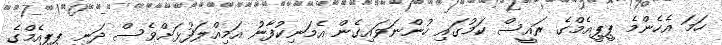
ހަމަ އެހެންމެ ޕީޕީއެމްގެ ރައީސް ކަމުގައި ހުންނަވައިގެން އެމަނިކުފާނު އަމިއްލަފުޅަށްވެސް ދަނީ ޕީޕީއެމްގެ